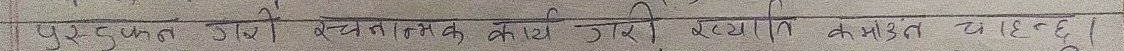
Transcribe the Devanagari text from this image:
पुरूष हुन ठिमी रचनात्मक कार्य गरी रहन्या कमीनट वाहिद छ।